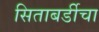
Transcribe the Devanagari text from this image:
सिताबर्डीचा